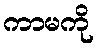
ကာမကို